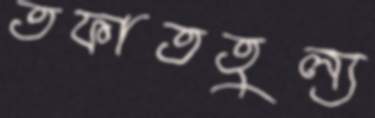
তফাততুল্য